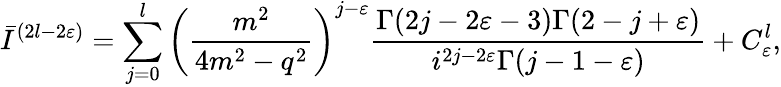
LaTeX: \bar{I}^{(2l-2\varepsilon)}=\sum_{j=0}^{l}\left(\frac{m^{2}}{4m^{2}-q^{2}}\right)^{j-\varepsilon}\frac{\Gamma(2j-2\varepsilon-3)\Gamma(2-j+\varepsilon)}{i^{2j-2\varepsilon}\Gamma(j-1-\varepsilon)}+C_{\varepsilon}^{l},